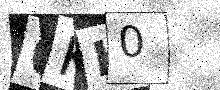
Text: 0KK0